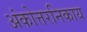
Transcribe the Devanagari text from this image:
अंकोत्तरनिकाय